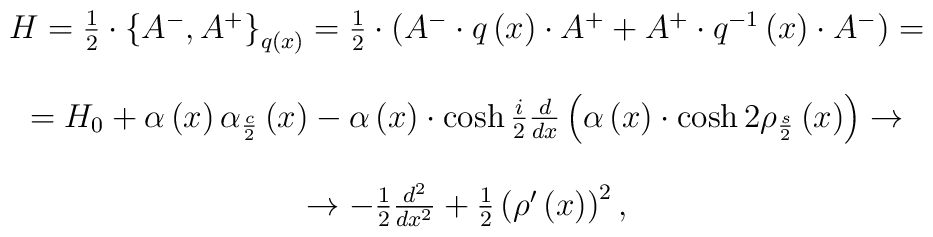
\begin{array}{c}\begin{array}{c}H=\frac {1}{2}\cdot \left\{ A^{-},A^{+}\right\}_{q\left( x\right) }=\frac{1}{2}\cdot\left( A^{-}\cdot q\left( x\right) \cdot A^{+}+A^{+}\cdot q^{-1}\left( x\right) \cdot A^{-}\right) = \\\\=H_{0}+\alpha \left( x\right) \alpha _{\frac {c}{2}}\left( x\right) -\alpha \left(x\right) \cdot\cosh \frac {i}{2} \frac {d}{dx} \left( \alpha \left( x\right) \cdot\cosh 2\rho _{\frac {s}{2}} \left( x\right) \right) \rightarrow  \\\\\rightarrow -\frac {1}{2} \frac{d^{2}}{dx^{2}}+\frac {1}{2} \left( \rho ^{\prime }\left(x\right) \right) ^{2},\end{array}\end{array}